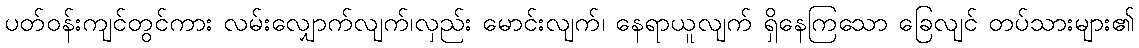
ပတ်ဝန်းကျင်တွင်ကား လမ်းလျှောက်လျက်၊လှည်း မောင်းလျက်၊ နေရာယူလျက် ရှိနေကြသော ခြေလျင် တပ်သားများ၏